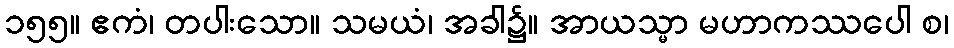
၁၅၅။ ဧကံ၊ တပါးသော။ သမယံ၊ အခါ၌။ အာယသ္မာ မဟာကဿပေါ စ၊